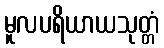
မူလပရိယာယသုတ္တံ